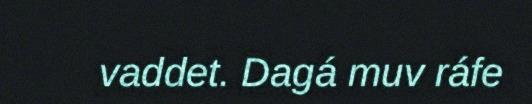
vaddet. Dagá muv ráfe